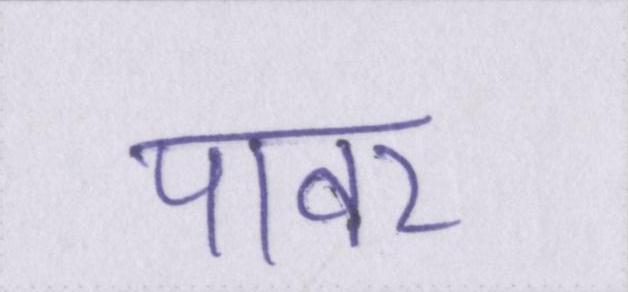
पावर